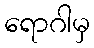
ရောဂါမှ